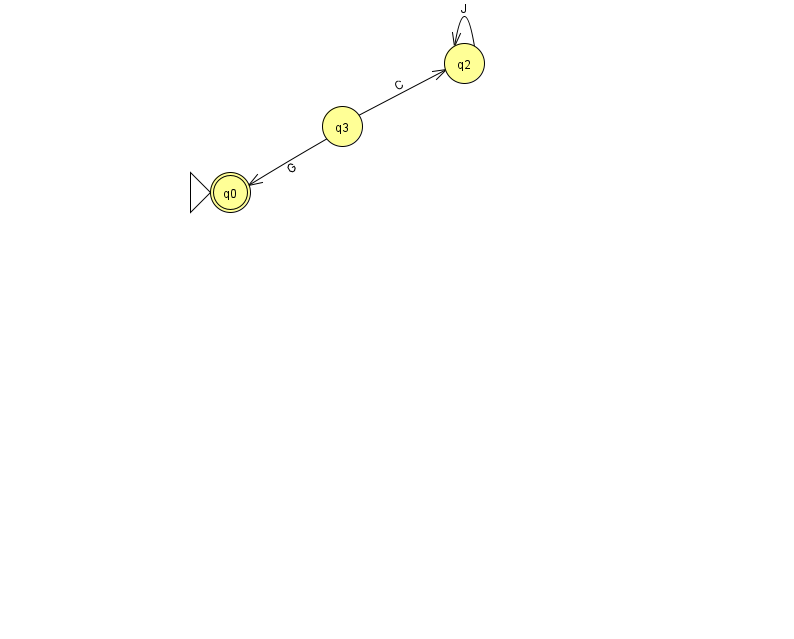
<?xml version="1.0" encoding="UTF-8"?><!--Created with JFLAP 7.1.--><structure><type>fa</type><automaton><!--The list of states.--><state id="0" name="q0"><x>230.0</x><y>179.0</y><initial/><final/></state><state id="2" name="q2"><x>464.0</x><y>50.0</y></state><state id="3" name="q3"><x>342.0</x><y>113.0</y></state><!--The list of transitions.--><transition><from>3</from><to>2</to><read>C</read></transition><transition><from>3</from><to>0</to><read>G</read></transition><transition><from>2</from><to>2</to><read>J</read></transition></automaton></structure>